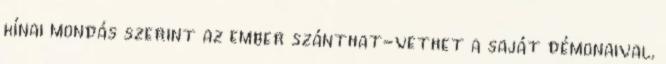
kínai mondás szerint az ember szánthat-vethet a saját démonaival,